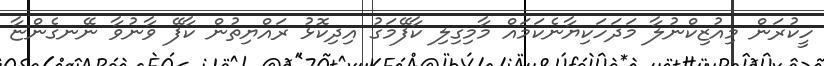
ހީކުރަން މިއުޒިކްނުލާ މަދަހަކިޔާނެކަމައް މާމިގިލި ކާފޭމަގު އިދިކޮޅު ރައްޔިތުން ކާފޭ ވާނުވާ ނޭނގެންޏާ